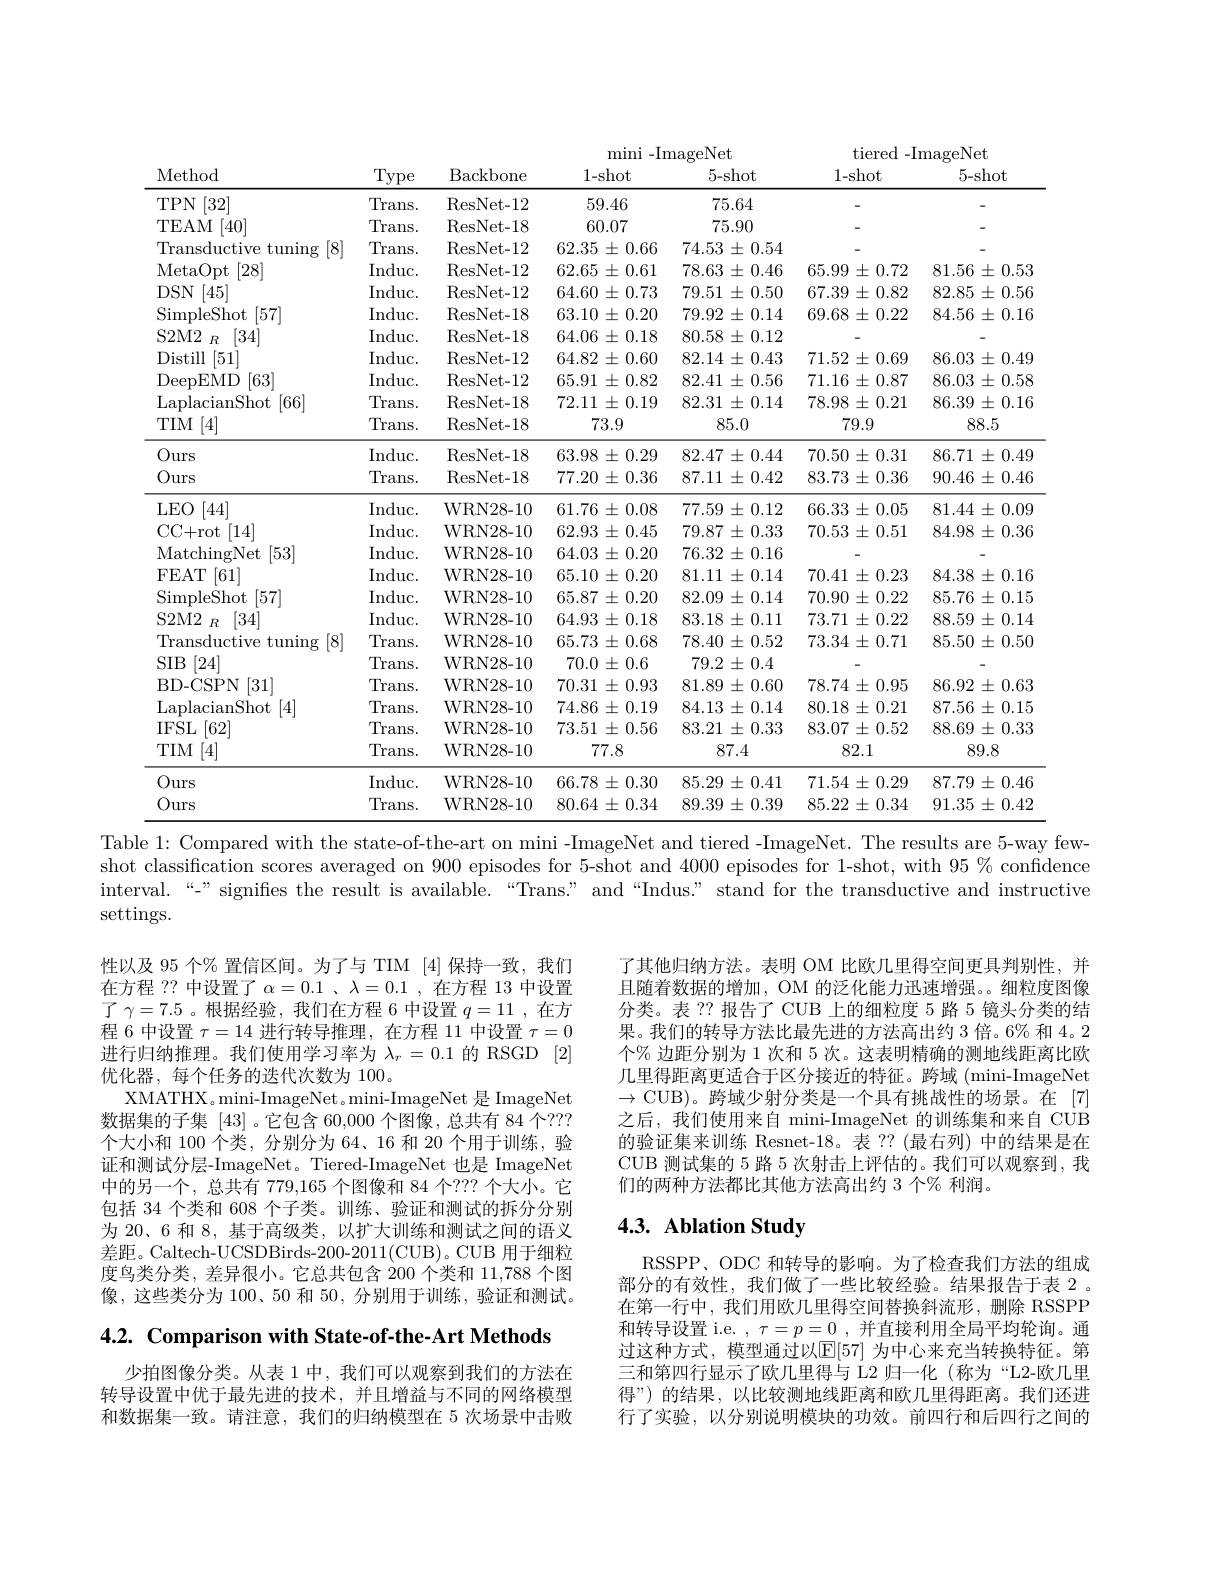
<table>
	<tbody>
		<tr>
			<td> </td>
			<td> </td>
			<td> </td>
			<td colspan="2">$\operatorname*{mini-ImageNet}$</td>
			<td colspan="2">tiered- ImageNet</td>
		</tr>
		<tr>
			<th>Method</th>
			<th>Type</th>
			<th>Backbone</th>
			<th>1- shot</th>
			<th>5- shot</th>
			<th>1- shot</th>
			<th>5- shot</th>
		</tr>
		<tr>
			<th>Method</th>
			<th>Type</th>
			<th>Backbone</th>
			<th>1- shot</th>
			<th>5-shot</th>
			<th>1- shot</th>
			<th>5- shot</th>
		</tr>
		<tr>
			<td>$TPN$ [32]</td>
			<td>Trans. </td>
			<td>ResNet- 12</td>
			<td>59.46</td>
			<td>75.64</td>
			<td> </td>
			<td> </td>
		</tr>
		<tr>
			<td>TEAM [40]</td>
			<td>Trans. </td>
			<td>ResNet-18</td>
			<td>60.07</td>
			<td>75.90</td>
			<td> </td>
			<td> </td>
		</tr>
		<tr>
			<td>Transductive tuning [8]</td>
			<td>Trans. </td>
			<td>ResNet- 12</td>
			<td>62.35 $5\pm0.66$</td>
			<td>74.53 $\pm0.54$</td>
			<td> </td>
			<td> </td>
		</tr>
		<tr>
			<td>MetaOpt [28]</td>
			<td>$\operatorname{Induc}.$</td>
			<td>ResNet- 12</td>
			<td>$62.65\pm0.61$</td>
			<td>78.63 $\pm0.46$</td>
			<td>65.99 $\pm0.72$</td>
			<td>$81.56\pm0.53$</td>
		</tr>
		<tr>
			<td>$DSN$ [45]</td>
			<td>$\operatorname{Induc}.$</td>
			<td>ResNet- 12</td>
			<td>$64.60\pm0.73$</td>
			<td>79.51 $\pm0.50$</td>
			<td>$67.39\pm0.82$</td>
			<td>$82.85\pm0.56$</td>
		</tr>
		<tr>
			<td>[57] SimpleShot</td>
			<td>$\operatorname{Induc}.$</td>
			<td>ResNet- 18</td>
			<td>63.10 $\pm0.20$ 1</td>
			<td>79.92 $\pm0.14$</td>
			<td>69.68 $\pm0.22$</td>
			<td>$84.56\pm0.16$</td>
		</tr>
		<tr>
			<td>[34] S2M2 $R$</td>
			<td>$\operatorname{Induc}.$</td>
			<td>ResNet-18</td>
			<td>64.06 $3\pm0.18$</td>
			<td>80.58 $\pm0.12$</td>
			<td> </td>
			<td> </td>
		</tr>
		<tr>
			<td>[51] Distill</td>
			<td>$\operatorname{Induc}.$</td>
			<td>ResNet- 12</td>
			<td>$64.82\pm0.60$</td>
			<td>82.14 $\pm0.43$</td>
			<td>71.52 $\pm0.69$</td>
			<td>86.03 $3\pm0.49$</td>
		</tr>
		<tr>
			<td>[63] DeepEMD</td>
			<td>$\operatorname{Induc}.$</td>
			<td>ResNet- 12</td>
			<td>65.91 $\pm0.82$</td>
			<td>82.41 $\pm0.56$</td>
			<td>$71.16\pm0.87$</td>
			<td>86.03 $3\pm0.58$</td>
		</tr>
		<tr>
			<td>[66] LaplacianShot</td>
			<td>Trans. </td>
			<td>ResNet- 18</td>
			<td>72.11 $\pm0.19$</td>
			<td>82.31 $\pm0.14$</td>
			<td>78.98 $\pm0.21$</td>
			<td>86.39 $9\pm0.16$</td>
		</tr>
		<tr>
			<td>[4] $TIM$</td>
			<td>Trans. </td>
			<td>ResNet-18</td>
			<td>73.9</td>
			<td>85.0</td>
			<td>79.9</td>
			<td>88.5</td>
		</tr>
		<tr>
			<td>Ours</td>
			<td>Induc. </td>
			<td>ResNet- 18</td>
			<td>$63.98\pm0.29$</td>
			<td>$82.47\pm0.44$</td>
			<td>70.50 $\pm0.31$</td>
			<td>$86.71\pm0.49$</td>
		</tr>
		<tr>
			<td>Ours</td>
			<td>Trans. </td>
			<td>ResNet- 18</td>
			<td>$77.20\pm0.36$</td>
			<td>87.11 $1\pm0.42$</td>
			<td>$83.73\pm0.36$</td>
			<td>90.46 ${\mathrm{~)}}\pm0.46$</td>
		</tr>
		<tr>
			<td>$LEO$ [44]</td>
			<td>$\operatorname{Induc}.$</td>
			<td>WRN28- 10</td>
			<td>$61.76\pm0.08$</td>
			<td>77.59 $\pm0.12$ 1</td>
			<td>$66.33\pm0.05$</td>
			<td>$81.44\pm0.09$</td>
		</tr>
		<tr>
			<td>CC+ rot [14]</td>
			<td>Induc. </td>
			<td>WRN28-10</td>
			<td>$62.93\pm0.45$</td>
			<td>$79.87\pm0.33$</td>
			<td>70.53 $3\pm0.51$</td>
			<td>$84.98\pm0.36$</td>
		</tr>
		<tr>
			<td>MatchingNet [53]</td>
			<td>$\operatorname{Induc}.$</td>
			<td>WRN28- 10</td>
			<td>$64.03\pm0.20$</td>
			<td>76.32 $\pm0.16$ </td>
			<td> </td>
			<td> </td>
		</tr>
		<tr>
			<td>FEAT [61]</td>
			<td>Induc. </td>
			<td>WRN28-10</td>
			<td>65.10 $\pm0.20$ 11</td>
			<td>81.11 $\pm0.14$</td>
			<td>70.41 $\pm0.23$</td>
			<td>84.38 $8\pm0.16$ 1</td>
		</tr>
		<tr>
			<td>SimpleShot [57]</td>
			<td>Induc. </td>
			<td>WRN28-10</td>
			<td>65.87 $\pm0.20$ $n$</td>
			<td>82.09 $\pm0.14$</td>
			<td>70.90 $\pm0.22$</td>
			<td>$85.76\pm0.15$</td>
		</tr>
		<tr>
			<td>[34] $S2M2$ $R$</td>
			<td>Induc. </td>
			<td>WRN28-10</td>
			<td>$64.93\pm0.18$</td>
			<td>83.18 $\pm0.11$</td>
			<td>73.71 $\pm0.22$</td>
			<td>88.59 $9\pm0.14$</td>
		</tr>
		<tr>
			<td>Transductive tuning [8]</td>
			<td>Trans.</td>
			<td>WRN28-10</td>
			<td>$65.73\pm0.68$</td>
			<td>78.40 $\pm0.52$ 1 1</td>
			<td>73.34 $\pm0.71$ $\begin{pmatrix}1&1&1\\1&1&1\end{pmatrix}$ =</td>
			<td>85.50 $\pm0.50$</td>
		</tr>
		<tr>
			<td>$SIB$ $\left|24\right|$</td>
			<td>Trans.</td>
			<td>WRN28- 10</td>
			<td>$70.0\pm0.6$</td>
			<td>$79.2\pm0.4$</td>
			<td> </td>
			<td> </td>
		</tr>
		<tr>
			<td>BD- CSPN [31]</td>
			<td>Trans. </td>
			<td>WRN28-10</td>
			<td>70.31 $\pm0.93$</td>
			<td>81.89 $\pm0.60$ 1</td>
			<td>$78.74\pm0.95$</td>
			<td>$86.92\pm0.63$</td>
		</tr>
		<tr>
			<td>LaplacianShot [4]</td>
			<td>Trans.</td>
			<td>WRN28-10</td>
			<td>$74.86\pm0.19$</td>
			<td>84.13 $3\pm0.14$</td>
			<td>80.18 $\pm0.21$ I</td>
			<td>$5\pm0.15$ 87.56</td>
		</tr>
		<tr>
			<td>$IFSL$ [62]</td>
			<td>Trans. </td>
			<td>WRN28-10</td>
			<td>73.51 $\pm0.56$</td>
			<td>83.21 $\pm0.33$</td>
			<td>83.07 $\pm0.52$</td>
			<td>$88.69\pm0.33$</td>
		</tr>
		<tr>
			<td>$TIM$ [4]</td>
			<td>Trans. </td>
			<td>WRN28- 10</td>
			<td>77.8</td>
			<td>87.4</td>
			<td>82.1</td>
			<td>89.8</td>
		</tr>
		<tr>
			<td>Ours</td>
			<td>$\operatorname{Induc}.$</td>
			<td>WRN28-10</td>
			<td>$66.78\pm0.30$</td>
			<td>85.29 $\pm0.41$</td>
			<td>$71.54\pm0.29$ 、</td>
			<td>$87.79\pm0.46$</td>
		</tr>
		<tr>
			<td>Ours</td>
			<td>Trans. </td>
			<td>WRN28- 10</td>
			<td>$80.64\pm0.34$</td>
			<td>89.39 $\pm0.39$</td>
			<td>85.22 $\pm0.34$ $f(x)=\frac{1}{2}$</td>
			<td>91.35 士 0.42 $=\begin{array}{cc}1\\0\end{array}$</td>
		</tr>
	</tbody>
</table>

Table 1: Compared with the state-of-the-art on mini -ImageNet and tiered -ImageNet. The results are 5-way few-

shot classification scores averaged on 900 episodes for 5-shot and 4000 episodes for 1-shot, with $95\%$ confidence

interval.“-” signifies the result is available.“Trans:” and“Indus:” stand for the transductive and instructive

settings.

了其他归纳方法。表明 OM 比欧几里得空间更具判别性，并且随着数据的增加，OM 的泛化能力迅速增强。。细粒度图像分类。表 ?? 报告了 CUB 上的细粒度 5 路 5 镜头分类的结果。我们的转导方法比最先进的方法高出约 3 倍。6% 和 4。2个% 边距分别为 1 次和 5 次。这表明精确的测地线距离比欧几里得距离更适合于区分接近的特征。跨域 (mini-ImageNet $\to$CUB)。跨域少射分类是一个具有挑战性的场景。在[7] 之后，我们使用来自 mini-ImageNet 的训练集和来自 CUB 的验证集来训练 Resnet-18。表 ??(最右列) 中的结果是在CUB 测试集的 5 路 5 次射击上评估的。我们可以观察到，我们的两种方法都比其他方法高出约 3 个% 利润。

性以及 95 个% 置信区间。为了与 TIM [4]保持一致，我们在方程 ?? 中设置了$\alpha=0.1$ 、$\lambda=0.1$ ,在方程 13 中设置了$\gamma=7.5$ 。根据经验，我们在方程 6 中设置$q=11$,在方程 6 中设置$\tau=14$进行转导推理，在方程 11 中设置$\tau=0$ 进行归纳推理。我们使用学习率为$\lambda_r=0.1$的 RSGD [2] 优化器，每个任务的迭代次数为 100。
XMATHX。mini-ImageNet 。mini-ImageNet 是 ImageNet 数据集的子集[43] 。它包含 60,000 个图像，总共有 84 个？?? 个大小和 100 个类，分别分为 64、16 和 20 个用于训练，验证和测试分层-ImageNet。Tiered-ImageNet 也是 ImageNet 中的另一个，总共有 779,165 个图像和 84 个？?? 个大小。它包括 34 个类和 608 个子类。训练、验证和测试的拆分分别为 20、6 和 8,基于高级类，以扩大训练和测试之间的语义差距。Caltech-UCSDBirds-200-2011(CUB)。CUB 用于细粒度鸟类分类，差异很小。它总共包含 200 个类和 11,788 个图像，这些类分为 100、50 和50，分别用于训练，验证和测试。

# 4.3. Ablation Study

4.2. Comparison with State-of-the-Art Methods

RSSPP、ODC 和转导的影响。为了检查我们方法的组成部分的有效性，我们做了一些比较经验。结果报告于表 2 。在第一行中，我们用欧几里得空间替换斜流形，删除 RSSPP 和转导设置 i.e. $, \tau = p= \underline {0}$ ,并直接利用全局平均轮询。通过这种方式，模型通过以$\mathbb{E}[57]$ 为中心来充当转换特征。第三和第四行显示了欧几里得与 L2 归一化 (称为“L2-欧几里得”)的结果，以比较测地线距离和欧几里得距离。我们还进行了实验，以分别说明模块的功效。前四行和后四行之间的

少拍图像分类。从表 1 中，我们可以观察到我们的方法在转导设置中优于最先进的技术，并且增益与不同的网络模型和数据集一致。请注意，我们的归纳模型在 5 次场景中击败